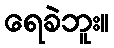
ရေခဲဘူး။